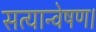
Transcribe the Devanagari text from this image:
सत्यान्वेषण।